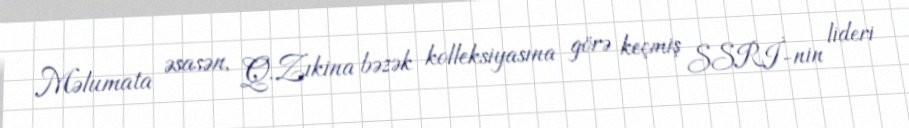
Məlumata əsasən, Q.Zıkina bəzək kolleksiyasına görə keçmiş SSRİ-nin lideri